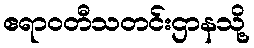
ဧရာဝတီသတင်းဌာနသို့